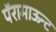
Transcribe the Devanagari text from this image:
पॅरामाऊन्ट